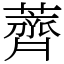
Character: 薺